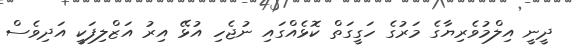
ދީނީ އިލްމުވެރިޔާގެ މަރުގެ ހަގީގަތް ކޮޅެއްގައި ނުޖެހި އުޅޭ އިރު އަޒްލިފަކީ އަދިވެސް